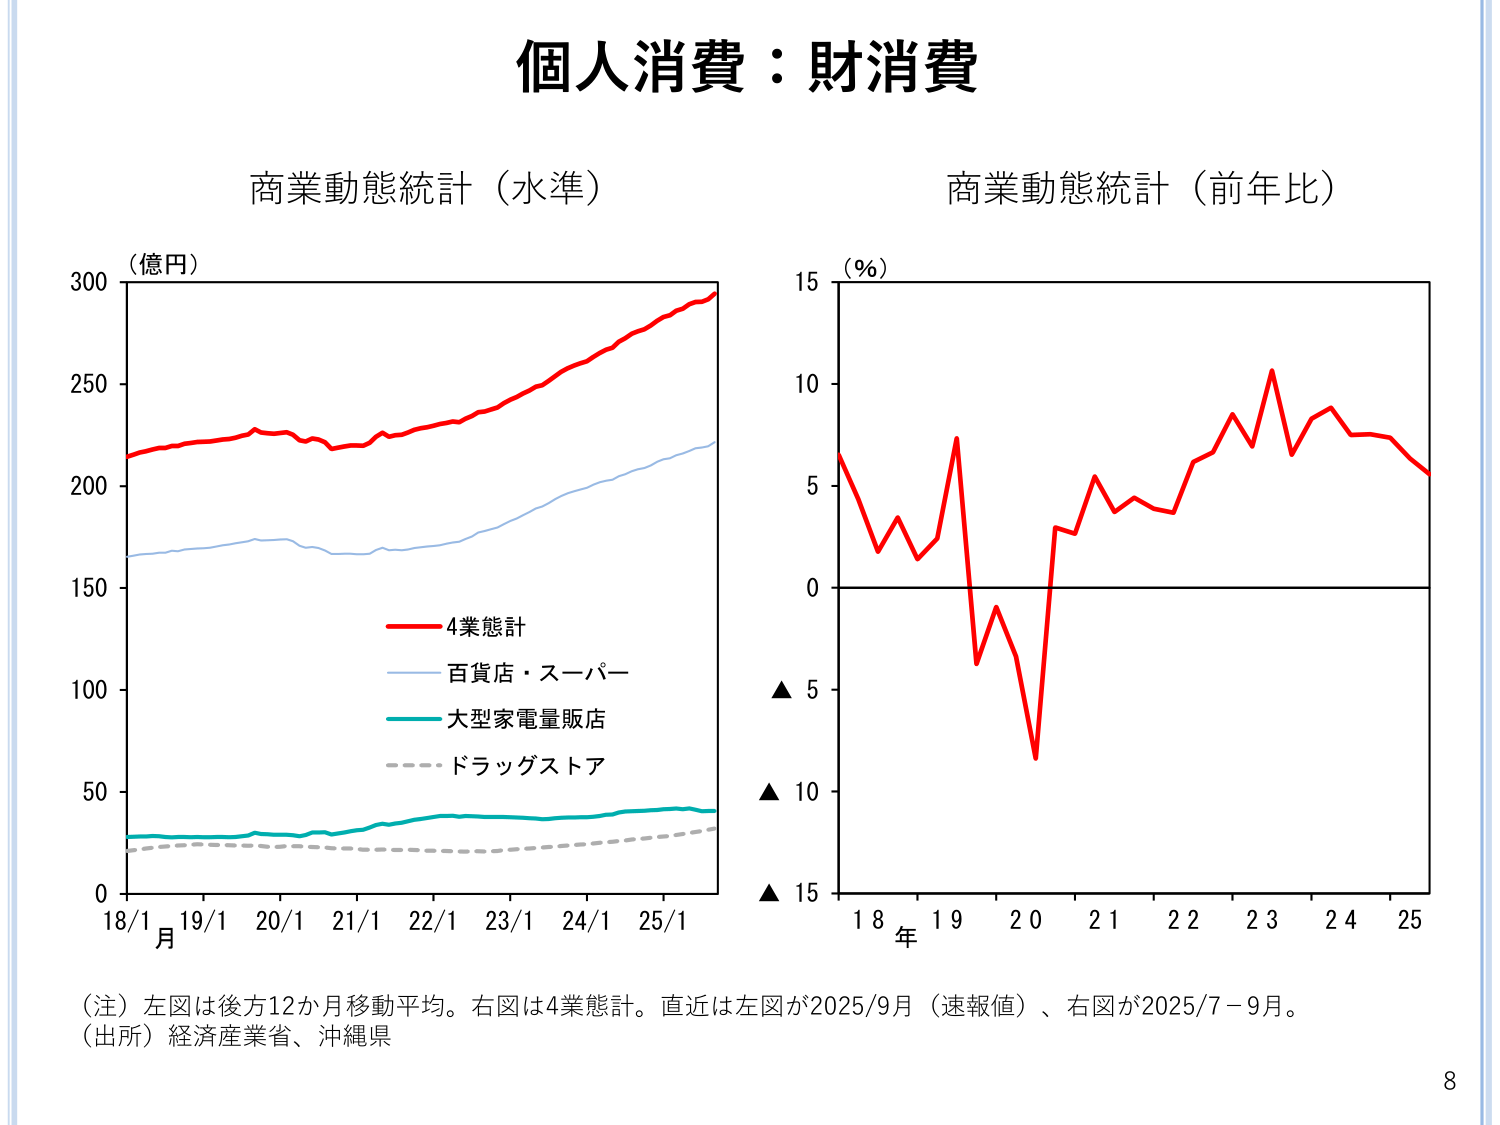
個人消費：財消費

商業動態統計（水準）
（億円）
300
250
200
150
100
50
0
18/1 19/1 20/1 21/1 22/1 23/1 24/1 25/1
月
4業態計
百貨店・スーパー
大型家電量販店
ドラッグストア

商業動態統計（前年比）
（%）
15
10
5
0
▲ 5
▲ 10
▲ 15
18 19 20 21 22 23 24 25
年

（注）左図は後方12か月移動平均。右図は4業態計。直近は左図が2025/9月（速報値）、右図が2025/7－9月。
（出所）経済産業省、沖縄県

8